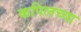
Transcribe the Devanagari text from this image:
कपिलच्या